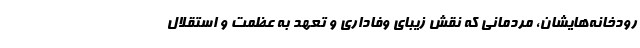
رودخانه‌هایشان، مردمانی که نقش زیبای وفاداری و تعهد به عظمت و استقلال